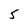
Character: 5